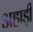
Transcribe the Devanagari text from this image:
अहाड़ी